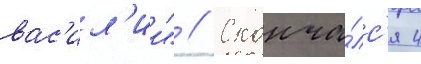
вас'ил'ии" // Сконча́лс'я 4